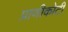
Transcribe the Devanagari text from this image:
प्राणीकोटी